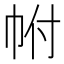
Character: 𢂆